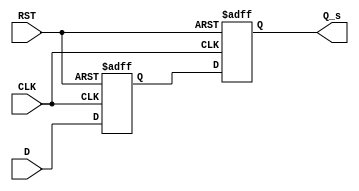
module ms_flip_flop_synchronizer (
    input wire D,          // Data input to be synchronized
    input wire CLK,        // Clock signal
    input wire RST,        // Asynchronous reset signal
    output reg Q_s        // Synchronized output
);

    reg Q_m;              // Output of the master flip-flop

    // Master Flip-Flop: Triggered on the rising edge of CLK
    always @(posedge CLK or posedge RST) begin
        if (RST) begin
            Q_m <= 1'b0;  // Reset master flip-flop
        end else begin
            Q_m <= D;     // Capture input D
        end
    end

    // Slave Flip-Flop: Triggered on the falling edge of CLK
    always @(negedge CLK or posedge RST) begin
        if (RST) begin
            Q_s <= 1'b0;  // Reset slave flip-flop
        end else begin
            Q_s <= Q_m;   // Capture output from master flip-flop
        end
    end

endmodule